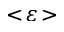
< \! \varepsilon \! >